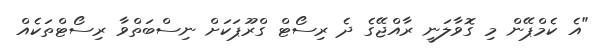
"އެ ކެމްޕޭން މި ގޮވާލަނީ ރާއްޖޭގެ ދެ ރިސޯޓް ގްރޫޕަކަށް ނިސްބަތްވާ ރިސޯޓްތަކެއް